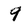
Character: 9